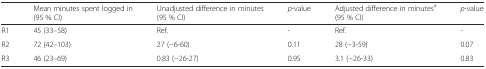
|  | Mean minutes spent logged in (95 % CI) | Unadjusted difference in minutes (95 % CI) | p-value | Adjusted difference in minutesa (95 % CI) | p-value |
 | --- | --- | --- | --- | --- | --- |
 | R1 | 45 (33–58) | Ref. | - | Ref. | - |
 | R2 | 72 (42–103) | 27 (−6-60) | 0.11 | 28 (−3-59) | 0.07 |
 | R3 | 46 (23–69) | 0.83 (−26-27) | 0.95 | 3.1 (−26-33) | 0.83 |